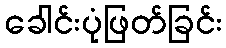
ခေါင်းပုံဖြတ်ခြင်း